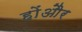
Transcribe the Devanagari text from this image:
होंऔर